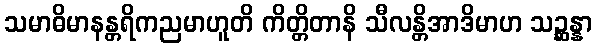
သမာဓိမာနန္တရိကညမာဟူတိ ကိတ္တိတာနိ သီလန္တိအာဒိမာဟ သဉ္ဆန္နာ